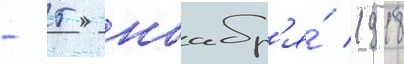
- 5 ноабр'я́ 1918